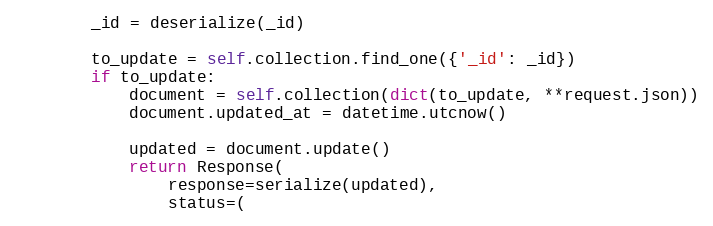
Language: Python
        _id = deserialize(_id)

        to_update = self.collection.find_one({'_id': _id})
        if to_update:
            document = self.collection(dict(to_update, **request.json))
            document.updated_at = datetime.utcnow()

            updated = document.update()
            return Response(
                response=serialize(updated),
                status=(